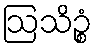
ဩသိဉ္စံ